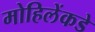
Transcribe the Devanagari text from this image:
मोहिलेंकडे